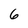
Character: 6